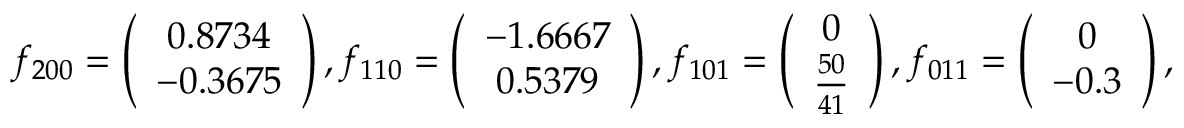
f _ { 2 0 0 } = \left( \begin{array} { c } { 0 . 8 7 3 4 } \\ { - 0 . 3 6 7 5 } \end{array} \right) , f _ { 1 1 0 } = \left( \begin{array} { c } { - 1 . 6 6 6 7 } \\ { 0 . 5 3 7 9 } \end{array} \right) , f _ { 1 0 1 } = \left( \begin{array} { c } { 0 } \\ { \frac { 5 0 } { 4 1 } } \end{array} \right) , f _ { 0 1 1 } = \left( \begin{array} { c } { 0 } \\ { - 0 . 3 } \end{array} \right) ,